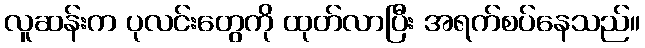
လူဆန်းက ပုလင်းတွေကို ထုတ်လာပြီး အရက်စပ်နေသည်။